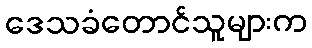
ဒေသခံတောင်သူများက